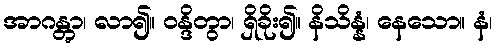
အာဂန္တွာ၊ လာ၍။ ဝန္ဒိတွာ၊ ရှိခိုး၍။ နိသိန္နံ၊ နေသော။ နံ၊